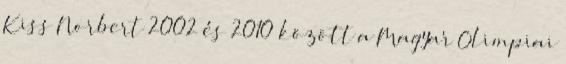
Kiss Norbert 2002 és 2010 között a Magyar Olimpiai